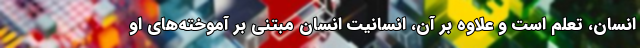
انسان، تعلم است و علاوه بر آن، انسانیت انسان مبتنی بر آموخته‌های او